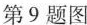
第9题图